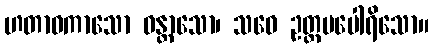
ဟတာဝကာသော ဝန္တာသော၊ သဝေ ဥတ္တမပေါရိသော။